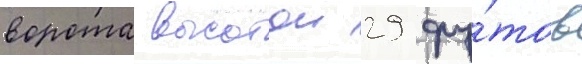
ворота высотои 29 фу́тов